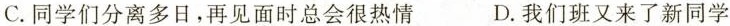
C.同学们分离多日，再见面时总会很热情 D.我们班又来了新同学